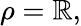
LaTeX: \rho=\mathbb{R},